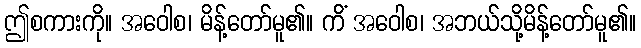
ဤစကားကို။ အဝေါစ၊ မိန့်တော်မူ၏။ ကိံ အဝေါစ၊ အဘယ်သို့မိန့်တော်မူ၏။